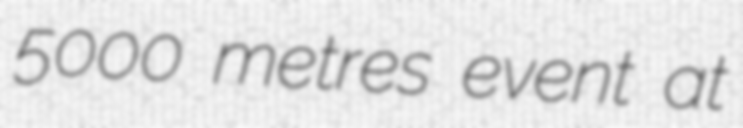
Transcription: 5000 metres event at